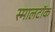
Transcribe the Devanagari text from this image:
स्मालटॉक